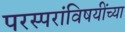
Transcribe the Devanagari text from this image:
परस्परांविषयींच्या